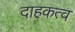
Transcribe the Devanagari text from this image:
दाहकत्व